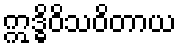
ဣဒ္ဓိဝိသဝိတာယ